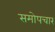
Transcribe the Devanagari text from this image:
समोपचार